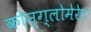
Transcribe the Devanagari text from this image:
कोन्ग्लोमेरेट